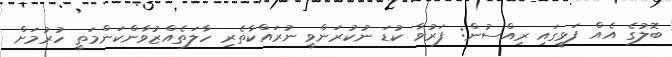
ބޮލުގެ އެއް ފަޅީގައި ރިއްސުން: ފަރުވާ ކުޑަ ނުކުރަންވީ ނުރައްކާތެރި ހާލަތެއްޒުވާންކަންމަތީ ހުރުމަށް